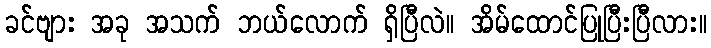
ခင်ဗျား အခု အသက် ဘယ်လောက် ရှိပြီလဲ။ အိမ်ထောင်ပြုပြီးပြီလား။